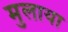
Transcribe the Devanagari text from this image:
मुलाया